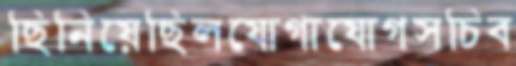
ছিনিয়েছিলযোগাযোগসচিব